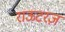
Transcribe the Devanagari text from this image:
राऊटरज़